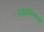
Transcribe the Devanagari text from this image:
अडकविण्याची